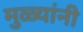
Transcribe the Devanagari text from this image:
मुळ्यांनी